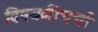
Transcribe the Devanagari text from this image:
विषयकीचर्चा